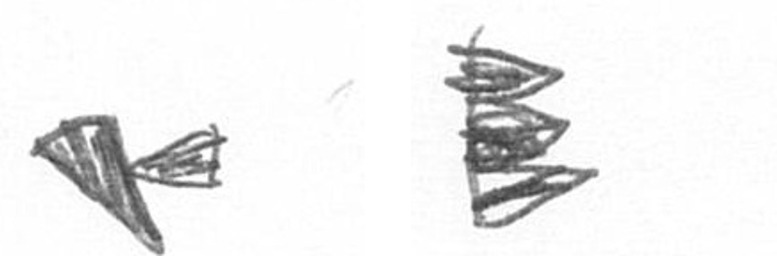
F H